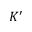
K ^ { \prime }